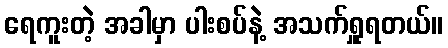
ရေကူးတဲ့ အခါမှာ ပါးစပ်နဲ့ အသက်ရှူရတယ်။